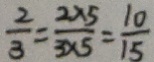
\frac { 2 } { 3 } = \frac { 2 \times 5 } { 3 \times 5 } = \frac { 1 0 } { 1 5 }